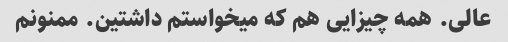
عالی. همه چیزایی هم که میخواستم داشتین. ممنونم